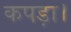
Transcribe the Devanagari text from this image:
कपड़ा।